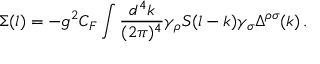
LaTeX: \Sigma ( l ) = - g ^ { 2 } C _ { F } \int \frac { d ^ { 4 } k } { ( 2 \pi ) ^ { 4 } } \gamma _ { \rho } S ( l - k ) \gamma _ { \sigma } \Delta ^ { \rho \sigma } ( k ) \, .